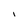
Character: I